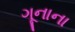
ગૂનાના